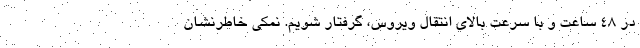
در ۴۸ ساعت و با سرعت بالای انتقال ویروس، گرفتار شویم. نمکی خاطرنشان